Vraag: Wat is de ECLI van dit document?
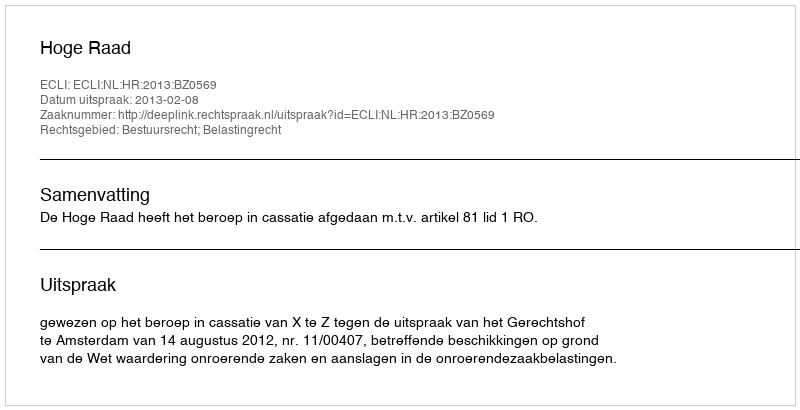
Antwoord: ECLI:NL:HR:2013:BZ0569